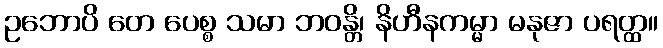
ဥဘောပိ တေ ပေစ္စ သမာ ဘဝန္တိ၊ နိဟီနကမ္မာ မနုဇာ ပရတ္ထ။